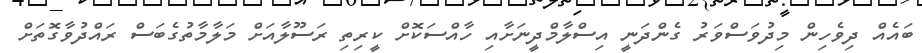
ބައެއް ދިވެހިން މިދުވަސްވަރު ގެންދަނީ އިސްލާމްދީނަށާއި ހާއްސަކޮށް ކީރިތި ރަސޫލާއަށް މަލާމާތުގެބަސް ރައްދުވާގޮތަށް